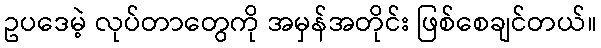
ဥပဒေမဲ့ လုပ်တာတွေကို အမှန်အတိုင်း ဖြစ်စေချင်တယ်။